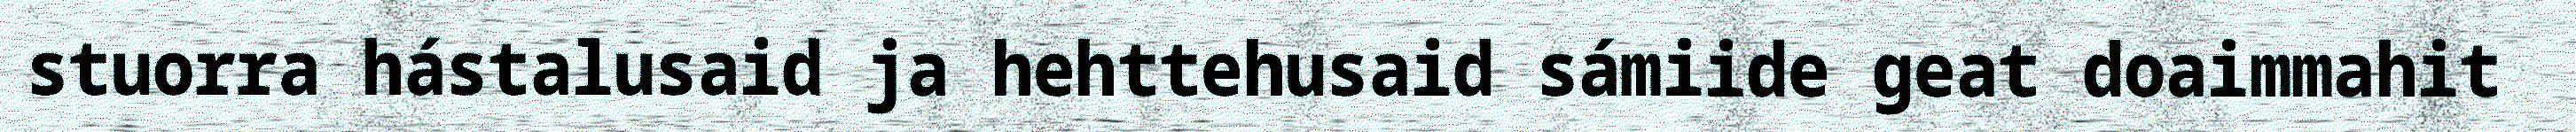
stuorra hástalusaid ja hehttehusaid sámiide geat doaimmahit